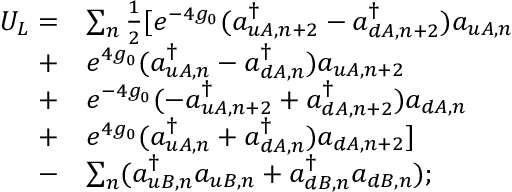
\begin{array} { r l } { U _ { L } = } & { \sum _ { n } \frac { 1 } { 2 } [ e ^ { - 4 g _ { 0 } } ( a _ { u A , n + 2 } ^ { \dagger } - a _ { d A , n + 2 } ^ { \dagger } ) a _ { u A , n } } \\ { + } & { e ^ { 4 g _ { 0 } } ( a _ { u A , n } ^ { \dagger } - a _ { d A , n } ^ { \dagger } ) a _ { u A , n + 2 } } \\ { + } & { e ^ { - 4 g _ { 0 } } ( - a _ { u A , n + 2 } ^ { \dagger } + a _ { d A , n + 2 } ^ { \dagger } ) a _ { d A , n } } \\ { + } & { e ^ { 4 g _ { 0 } } ( a _ { u A , n } ^ { \dagger } + a _ { d A , n } ^ { \dagger } ) a _ { d A , n + 2 } ] } \\ { - } & { \sum _ { n } ( a _ { u B , n } ^ { \dagger } a _ { u B , n } + a _ { d B , n } ^ { \dagger } a _ { d B , n } ) ; } \end{array}